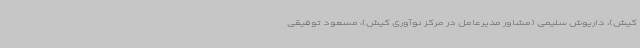
کیش)، داریوش سلیمی (مشاور مدیرعامل در مرکز نوآوری کیش)، مسعود توفیقی